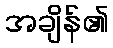
အချိန်၏